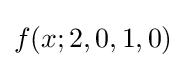
f(x;2,0,1,0)